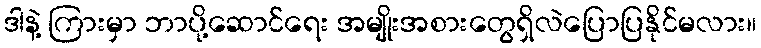
ဒါနဲ့ ကြားမှာ ဘာပို့ဆောင်ရေး အမျိုးအစားတွေရှိလဲပြောပြနိုင်မလား။